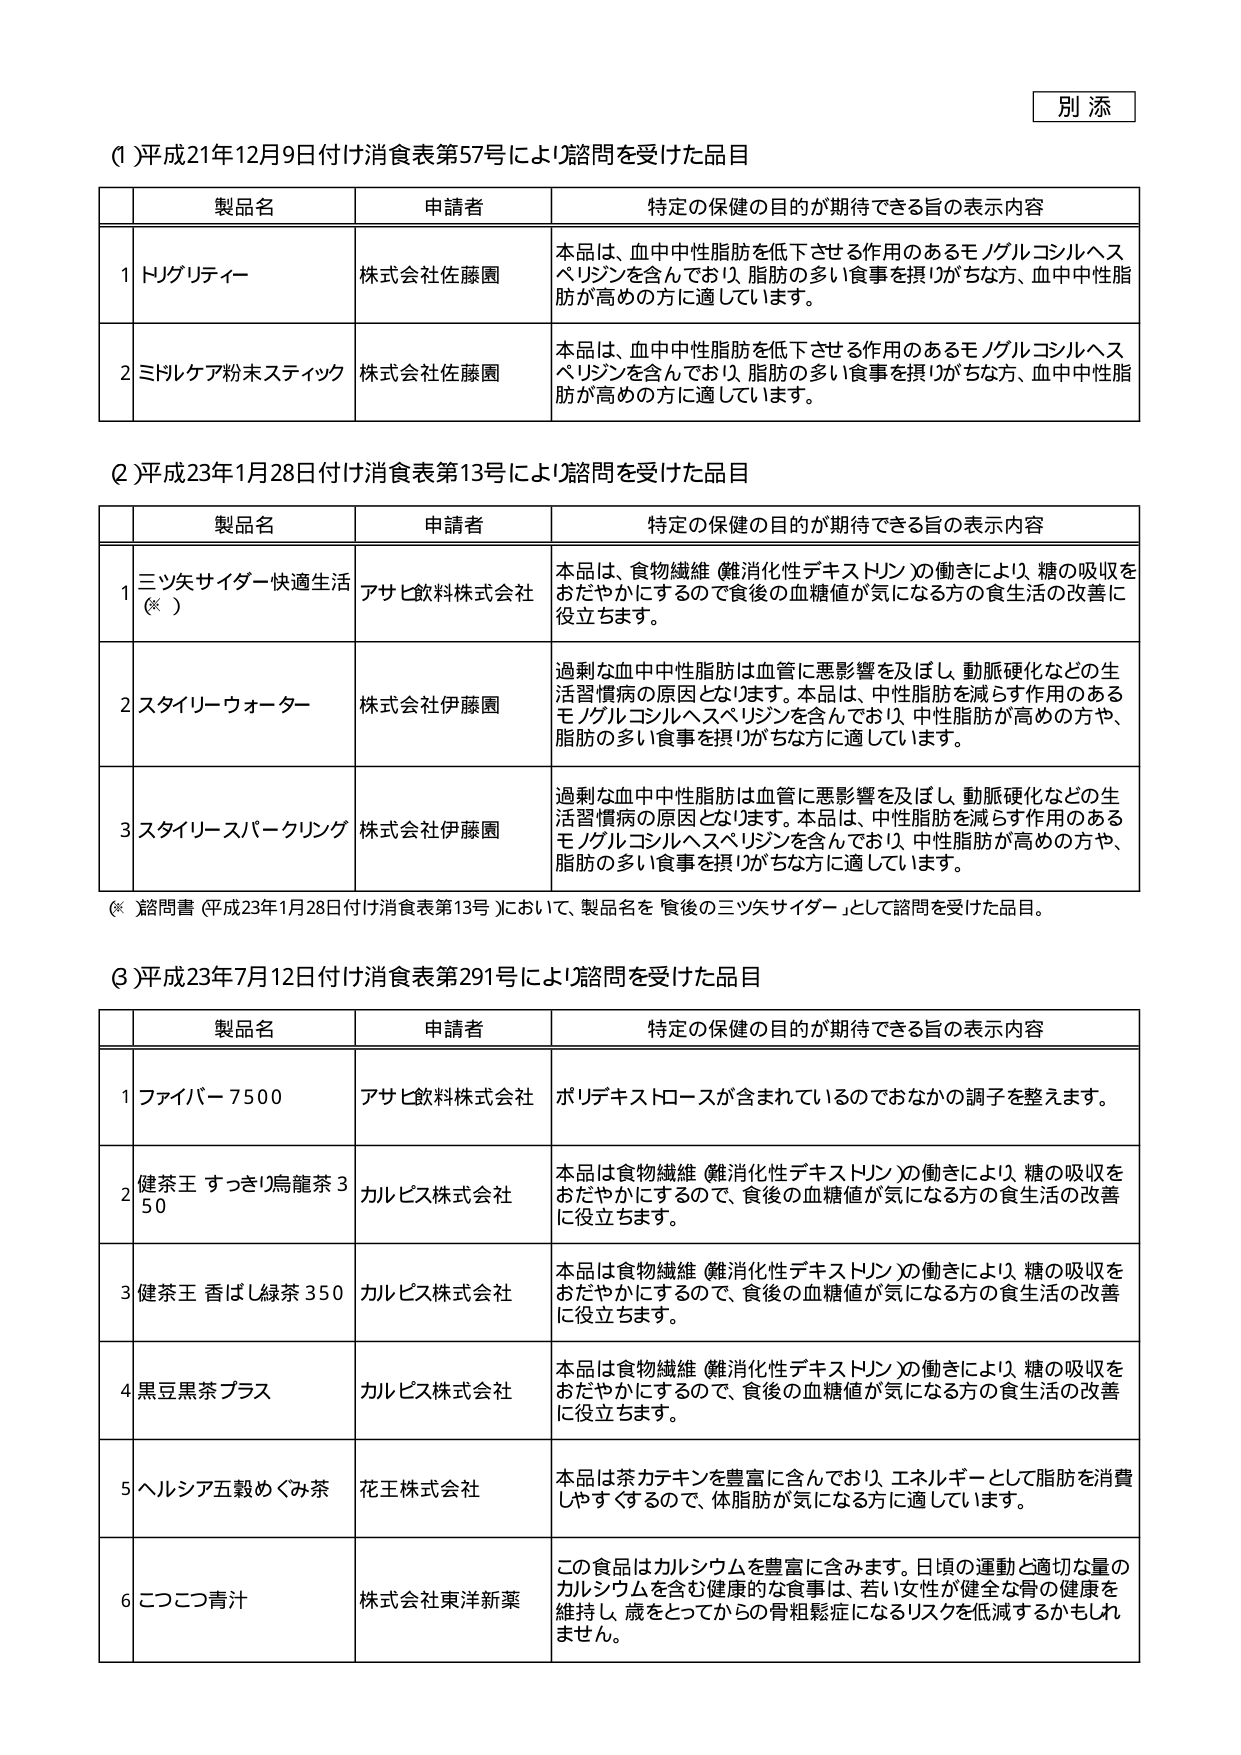
別添

(1) 平成21年12月9日付け消費表第57号により諮問を受けた品目

製品名 申請者 特定の保健の目的が期待できる旨の表示内容
1 ドリグリティー 株式会社佐藤園 本品は、血中中性脂肪を低下させる作用のあるモノグルコシルヘスペリジンを含んでおり、脂肪の多い食事を摂りがちな方、血中中性脂肪が高めの方に適しています。
2 ミドルケア粉末スティック 株式会社佐藤園 本品は、血中中性脂肪を低下させる作用のあるモノグルコシルヘスペリジンを含んでおり、脂肪の多い食事を摂りがちな方、血中中性脂肪が高めの方に適しています。

(2) 平成23年1月28日付け消費表第13号により諮問を受けた品目

製品名 申請者 特定の保健の目的が期待できる旨の表示内容
1 三ツ矢サイダー快適生活（※） アサヒ飲料株式会社 本品は、食物繊維（難消化性デキストリン）の働きにより、糖の吸収をおだやかにするので食後の血糖値が気になる方の食生活の改善に役立ちます。
2 スタイリーウォーター 株式会社伊藤園 過剰な血中中性脂肪は血管に悪影響を及ぼし、動脈硬化などの生活習慣病の原因となります。本品は、中性脂肪を減らす作用のあるモノグルコシルヘスペリジンを含んでおり、中性脂肪が高めの方や、脂肪の多い食事を摂りがちな方に適しています。
3 スタイリースパークリング 株式会社伊藤園 過剰な血中中性脂肪は血管に悪影響を及ぼし、動脈硬化などの生活習慣病の原因となります。本品は、中性脂肪を減らす作用のあるモノグルコシルヘスペリジンを含んでおり、中性脂肪が高めの方や、脂肪の多い食事を摂りがちな方に適しています。

（※） 諮問書（平成23年1月28日付け消費表第13号）において、製品名を「食後の三ツ矢サイダー」として諮問を受けた品目。

(3) 平成23年7月12日付け消費表第291号により諮問を受けた品目

製品名 申請者 特定の保健の目的が期待できる旨の表示内容
1 ファイバー7500 アサヒ飲料株式会社 ポリデキストロースが含まれているのでおなかの調子を整えます。
2 健茶王 すっきり烏龍茶350 カルピス株式会社 本品は食物繊維（難消化性デキストリン）の働きにより、糖の吸収をおだやかにするので、食後の血糖値が気になる方の食生活の改善に役立ちます。
3 健茶王 香ばし緑茶350 カルピス株式会社 本品は食物繊維（難消化性デキストリン）の働きにより、糖の吸収をおだやかにするので、食後の血糖値が気になる方の食生活の改善に役立ちます。
4 黒豆黒茶プラス カルピス株式会社 本品は食物繊維（難消化性デキストリン）の働きにより、糖の吸収をおだやかにするので、食後の血糖値が気になる方の食生活の改善に役立ちます。
5 ヘルシア五穀めぐみ茶 花王株式会社 本品は茶カテキンを豊富に含んでおり、エネルギーとして脂肪を消費しやすくするので、体脂肪が気になる方に適しています。
6 こつこつ青汁 株式会社東洋新薬 この食品はカルシウムを豊富に含みます。日頃の運動と適切な量のカルシウムを含む健康的な食事は、若い女性が健全な骨の健康を維持し、歳をとってからの骨粗鬆症になるリスクを低減するかもしれません。